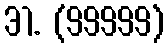
31. (99999)